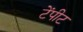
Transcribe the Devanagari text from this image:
टेंपीट